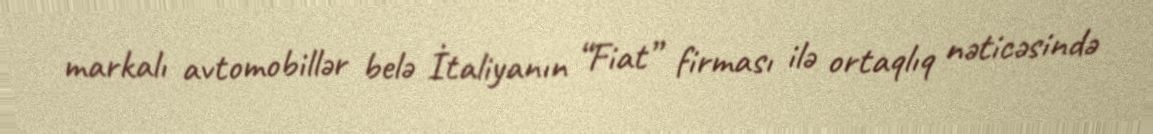
markalı avtomobillər belə İtaliyanın “Fiat” firması ilə ortaqlıq nəticəsində